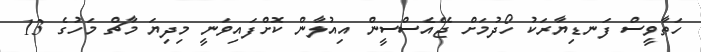
ހަތާވީސް ފަނޑިޔާރަކު ހޯދުމަށް ޖޭއެސްސީން އިއުލާން ކޮށްފައިވަނީ މިދިޔަ މާޗް މަހުގެ 13